Scientific memoirs by medical officers of the Army of India - Part V,
Year: 1890
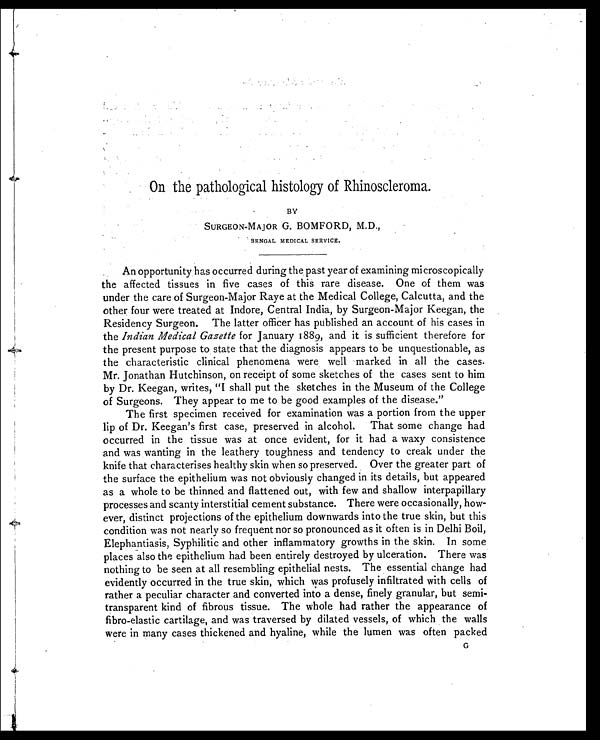
On the pathological histology of Rhinoscleroma.
BY
SURGEON-MAJOR G. BOMFORD, M.D.,
BENGAL MEDICAL SERVICE.
An opportunity has occurred during the past year of examining microscopically
the affected tissues in five cases of this rare disease. One of them was
under the care of Surgeon-Major Raye at the Medical College, Calcutta, and the
other four were treated at Indore, Central India, by Surgeon-Major Keegan, the
Residency Surgeon. The latter officer has published an account of his cases in
the Indian Medical Gazette for January 1889, and it is sufficient therefore for
the present purpose to state that the diagnosis appears to be unquestionable, as
the characteristic clinical phenomena were well marked in all the cases.
Mr. Jonathan Hutchinson, on receipt of some sketches of the cases sent to him
by Dr. Keegan, writes, "I shall put the sketches in the Museum of the College
of Surgeons. They appear to me to be good examples of the disease."
The first specimen received for examination was a portion from the upper
lip of Dr. Keegan's first case, preserved in alcohol. That some change had
occurred in the tissue was at once evident, for it had a waxy consistence
and was wanting in the leathery toughness and tendency to creak under the
knife that characterises healthy skin when so preserved. Over the greater part of
the surface the epithelium was not obviously changed in its details, but appeared
as a whole to be thinned and flattened out, with few and shallow interpapillary
processes and scanty interstitial cement substance. There were occasionally, how
- e v e r , d i s t i n c t p r o j e c t i o n s o f t h e e p i t h e l i u m d o w n w a r d s i n t o t h e t r u e s k i n , b u t t h i s
condition was not nearly so frequent nor so pronounced as it often is in Delhi Boil,
Elephantiasis, Syphilitic and other inflammatory growths in the skin. In some
places also the epithelium had been entirely destroyed by ulceration. There was
nothing to be seen at all resembling epithelial nests. The essential change had
evidently occurred in the true skin, which was profusely infiltrated with cells of
rather a peculiar character and converted into a dense, finely granular, but semi
- t r a n s p a r e n t k i n d o f f i b r o u s t i s s u e . T h e w h o l e h a d r a t h e r t h e a p p e a r a n c e o f
fibro-elastic cartilage, and was traversed by dilated vessels, of which the walls
were in many cases thickened and hyaline, while the lumen was often packed